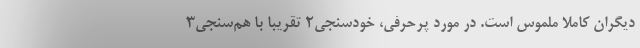
دیگران کاملاً ملموس است. در مورد پرحرفی، خودسنجی۲ تقریباً با هم‌سنجی۳